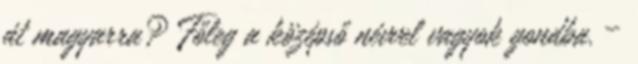
át magyarra? Főleg a középső névvel vagyok gondba. –